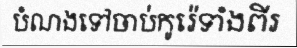
បំណងទៅចាប់កូរ៉េទាំងពីរ